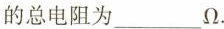
的总电阻为___\Omega.